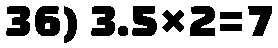
36) 3.5×2=7